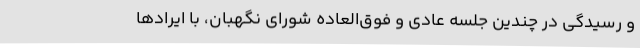
و رسیدگی در چندین جلسه عادی و فوق‌العاده شورای نگهبان، با ایرادها